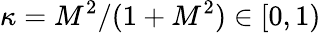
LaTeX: \kappa=M^{2}/(1+M^{2})\in[0,1)